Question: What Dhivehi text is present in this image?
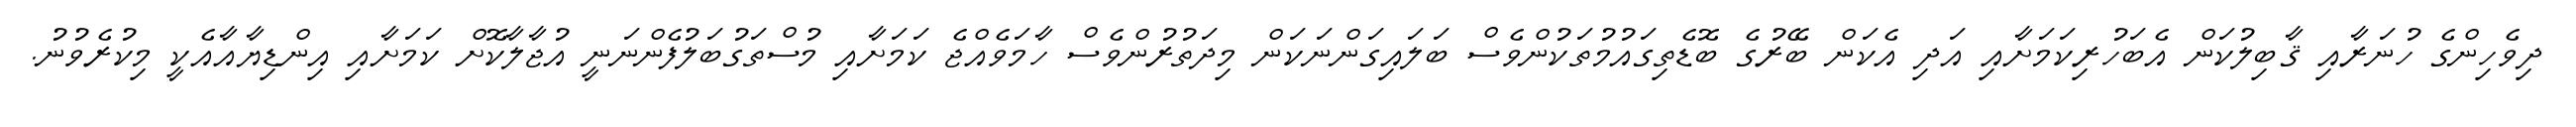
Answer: ދިވެހިންގެ ހުނަރާއި ޤާބިލުކަން އެބަހުރިކަމަށާއި އަދި އެކަން ބޭރުގެ ބޮޑެތިގައުމުތަކުންވެސް ބަލައިގަންނަކަން މިދަތުރުންވެސް ހާމަވެއްޖެ ކަމަށާއި މުސްތަގުބަލުފެންނަނީ އުޖާލާކޮށް ކަމަށާއި އިންޑިޔާއާއެކީ މިކުރެވުނު.